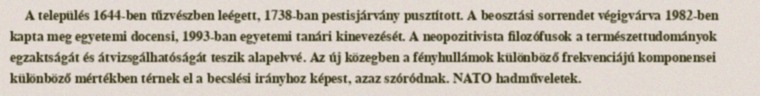
A település 1644-ben tűzvészben leégett, 1738-ban pestisjárvány pusztított. A beosztási sorrendet végigvárva 1982-ben kapta meg egyetemi docensi, 1993-ban egyetemi tanári kinevezését. A neopozitivista filozófusok a természettudományok egzaktságát és átvizsgálhatóságát teszik alapelvvé. Az új közegben a fényhullámok különböző frekvenciájú komponensei különböző mértékben térnek el a becslési irányhoz képest, azaz szóródnak. NATO hadműveletek.